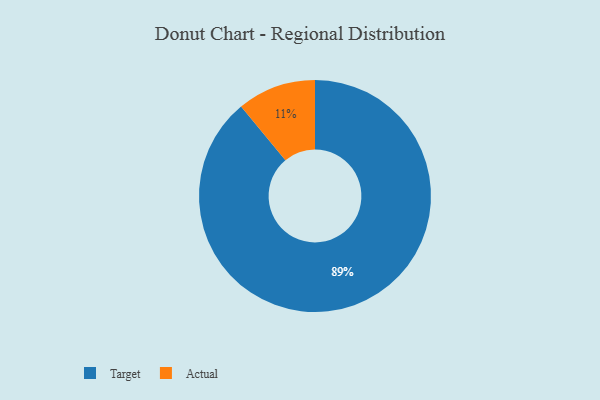
{"axis": {"x": "Category", "y": "Percentage"}, "legend": ["Actual", "Target"], "data": [{"x": "Target", "y": 89, "type": "Target"}, {"x": "Actual", "y": 11, "type": "Actual"}]}